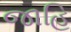
જાહિ